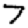
Digit: 7